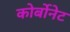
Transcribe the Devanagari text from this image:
कोर्बोनेट